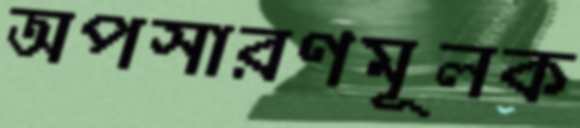
অপসারণমূলক